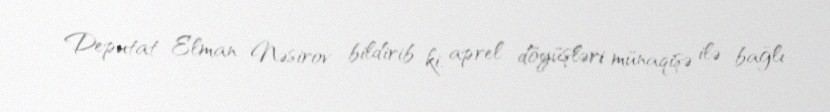
Deputat Elman Nəsirov bildirib ki, aprel döyüşləri münaqişə ilə bağlı